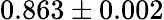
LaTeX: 0.863\pm 0.002